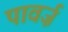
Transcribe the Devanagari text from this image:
पावर्ज़